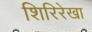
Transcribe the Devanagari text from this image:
शिरिरेखा